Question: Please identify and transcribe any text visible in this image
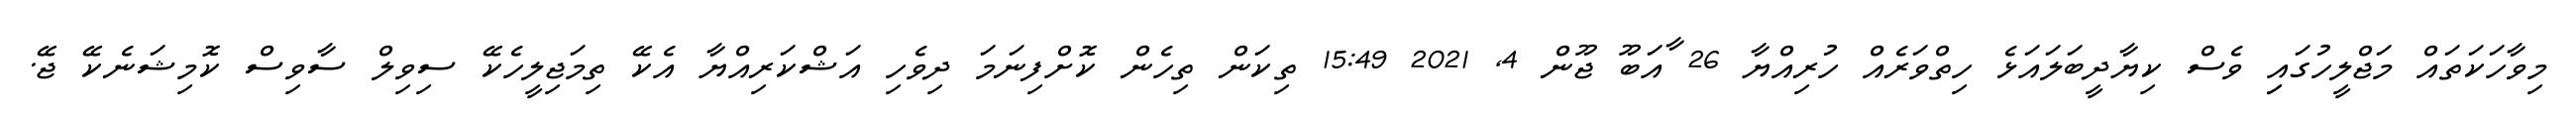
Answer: މިވާހަކަތައް މަޖްލީހުގައިި ވެސް ކިޔާދީބަލައަޅެ ހިތްވަރެއް ހުރިއްޔާ 26 ާއަބޫ ޖޫން 4, 2021 15:49 ތިކަން ތިހެން ކޮށްފިނަމަ ދިވެހި އަޝްކަރިއްޔާ އެކޭ ތިމަޖިލީހެކޭ ސިވިލް ސާވިސް ކޮމިޝަނެކޭ ޖޭ.